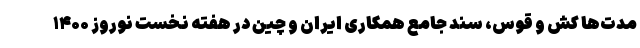
مدت‌ها کش و قوس، سند جامع همکاری ایران و چین در هفته نخست نوروز ۱۴۰۰